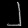
Digit: ၂